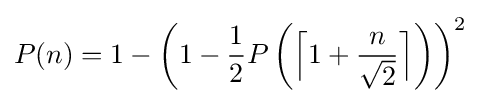
P(n)=1-\left(1-{\frac {1}{2}}P\left({\Bigl \lceil }1+{\frac {n}{\sqrt {2}}}{\Bigr \rceil }\right)\right)^{2}